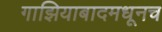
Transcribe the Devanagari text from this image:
गाझियाबादमधूनच